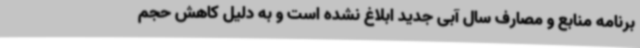
برنامه منابع و مصارف سال آبی جدید ابلاغ نشده است و به دلیل کاهش حجم